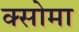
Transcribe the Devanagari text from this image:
क्सोमा